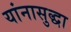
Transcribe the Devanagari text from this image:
यांनासुद्धा